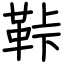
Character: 鞐